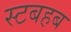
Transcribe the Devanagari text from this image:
स्टबहब